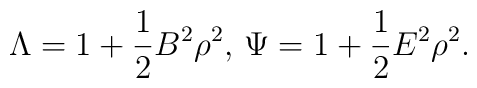
\Lambda = 1+ \frac{1}{2}  B^2 \rho^2,\, \Psi = 1+\frac{1}{2} E^2\rho^2.